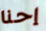
إحنا